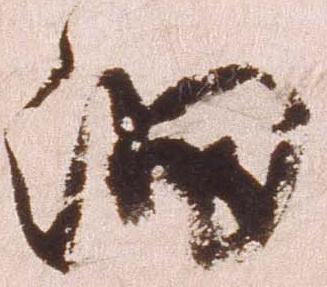
細